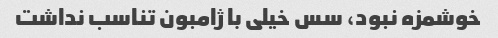
خوشمزه نبود، سس خیلی با ژامبون تناسب نداشت